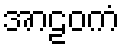
အာဠဝကံ